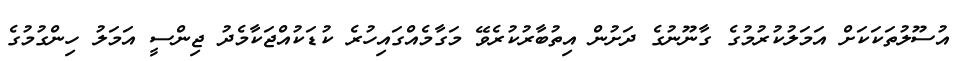
އުސޫލުތަކަަކަށް އަމަލުކުރުމުގެ ގާނޫނުގެ ދަށުން އިތުބާރުކުރެވޭ މަގާމެއްގައިހުރެ ކުޑަކުއްޖަކާމެދު ޖިންސީ އަމަލު ހިންގުމުގެ